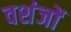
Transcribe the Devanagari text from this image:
वशंजों